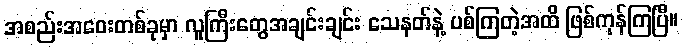
အစည်းအဝေးတစ်ခုမှာ လူကြီးတွေအချင်းချင်း သေနတ်နဲ့ ပစ်ကြတဲ့အထိ ဖြစ်ကုန်ကြပြီ။